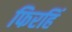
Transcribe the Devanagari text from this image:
फिरहिं